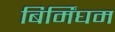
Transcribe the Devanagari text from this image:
बिर्मिंघम